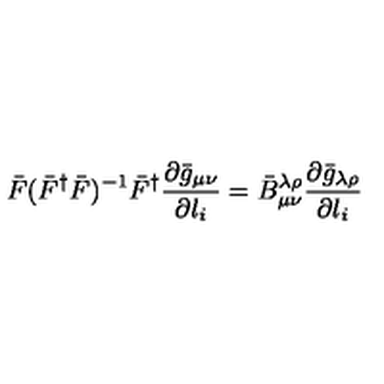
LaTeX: \bar { F } ( \bar { F } ^ { \dag } \bar { F } ) ^ { - 1 } \bar { F } ^ { \dag } \frac { \partial \bar { g } _ { \mu \nu } } { \partial l _ { i } } = \bar { B } _ { \mu \nu } ^ { \lambda \rho } \frac { \partial \bar { g } _ { \lambda \rho } } { \partial l _ { i } }